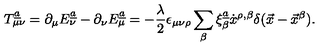
T _ { \mu \nu } \sp { \underline { { a } } } = \partial _ { \mu } E _ { \nu } ^ { \underline { { a } } } - \partial _ { \nu } E _ { \mu } ^ { \underline { { a } } } = - { \frac { \lambda } { 2 } } \epsilon _ { \mu \nu \rho } \sum _ { \beta } \xi _ { \beta } \sp { \underline { { a } } } \dot { x } \sp { \rho , \beta } \delta ( \vec { x } - \vec { x } \sp { \beta } ) .